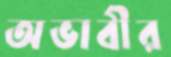
অভাবীর